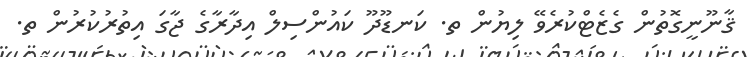
ޤާނޫނީގޮތުން ގެޒެޓްކުރެވޭ ލިޔުން ތ. ކަނޑޫދޫ ކައުންސިލް އިދާރާގެ ޖާގަ އިތުރުކުރުން ތ.